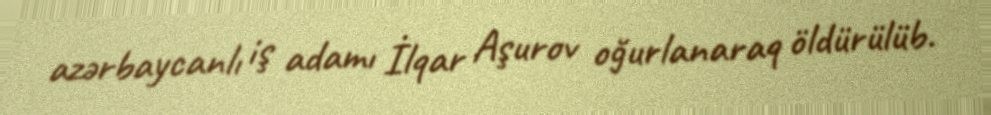
azərbaycanlı iş adamı İlqar Aşurov oğurlanaraq öldürülüb.